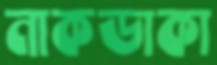
নাকডাকা